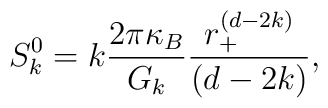
S_{k}^{0}=k\frac{2\pi \kappa _{B}}{G_{k}}\frac{r_{+}^{(d-2k)}}{(d-2k)},